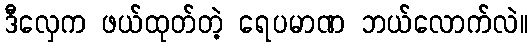
ဒီလှေက ဖယ်ထုတ်တဲ့ ရေပမာဏ ဘယ်လောက်လဲ။